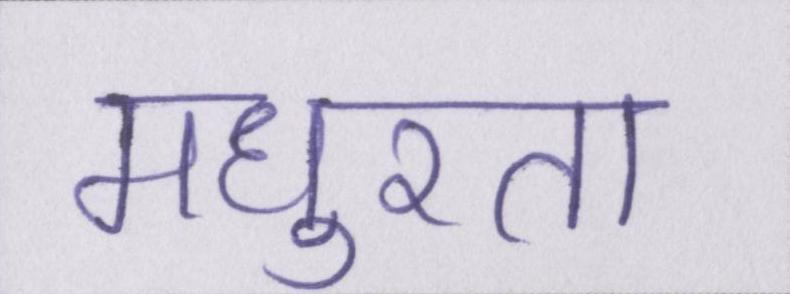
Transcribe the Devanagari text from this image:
मधुरता